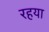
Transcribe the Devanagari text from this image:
रहया